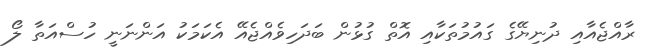
ރާއްޖެއާއި ދުނިޔޭގެ ގައުމުތަކާއި އޮތް ގުޅުން ބަދަހިވެއްޖެއޭ އެކަމަކު އަންނަނީ ހުސްއަތާ ލޯ